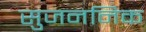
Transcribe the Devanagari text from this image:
सुजननिक